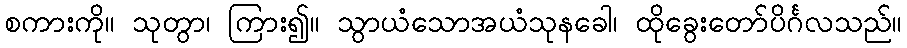
စကားကို။ သုတွာ၊ ကြား၍။ သွာယံသောအယံသုနခေါ၊ ထိုခွေးတော်ပိင်္ဂလသည်။